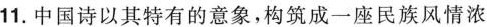
11.中国诗以其特有的意象，构筑成一座民族风情浓